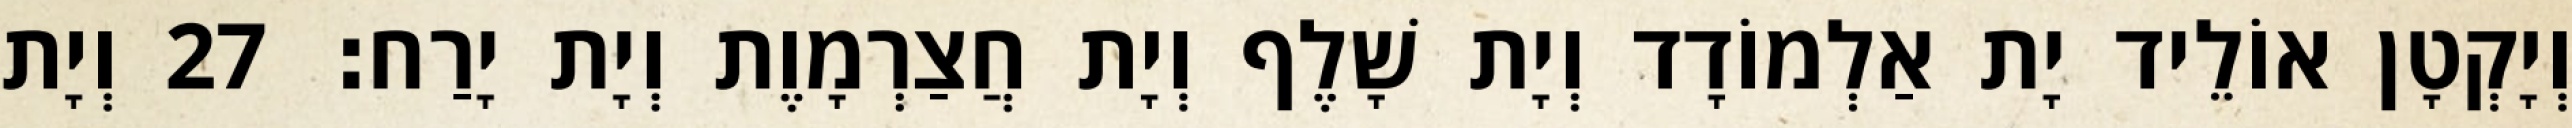
וְיָקְטָן אוֹלֵיד יָת אַלְמוֹדָד וְיָת שָׁלֶף וְיָת חֲצַרְמָוֶת וְיָת יָרַח׃ 27 וְיָת